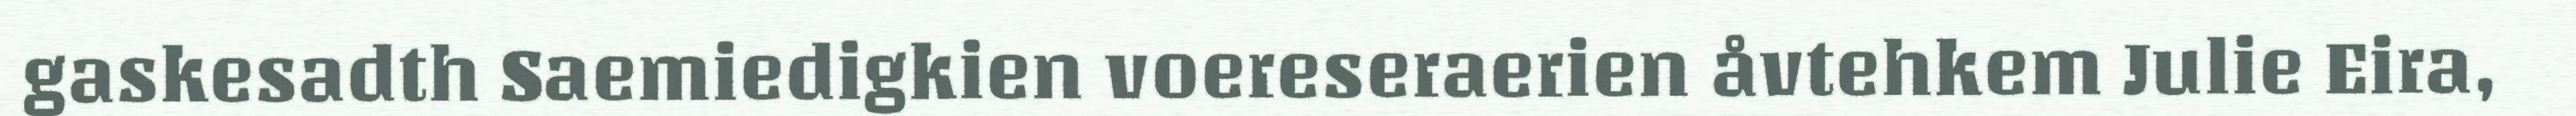
gaskesadth Saemiedigkien voereseraerien åvtehkem Julie Eira,